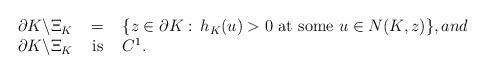
LaTeX: \begin{align*}\begin{array}{rcl}{\partial}K\backslash \Xi_K&=&\{z\in {\partial}K:\,h_K(u)>0\mbox{ at some }u\in N(K,z)\},{and}\\{\partial}K\backslash \Xi_K &\mbox{ is }&C^1.\end{array}\end{align*}